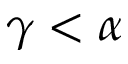
\gamma < \alpha